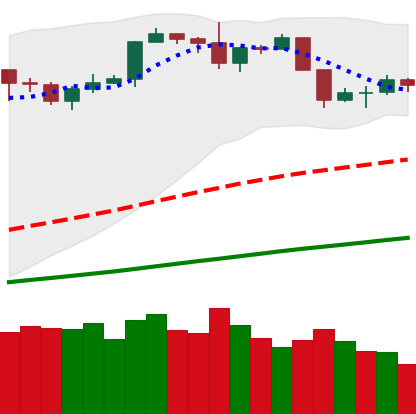
Ticker: BTC-USD
Chart end date: 2019-06-08
Forward return: 3.48%
Label: up_3_5